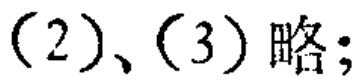
(2)、(3)略;